Civil Veterinary Department. Madras. Admin. report 1926-33 - 1926-1933
Year: 1926
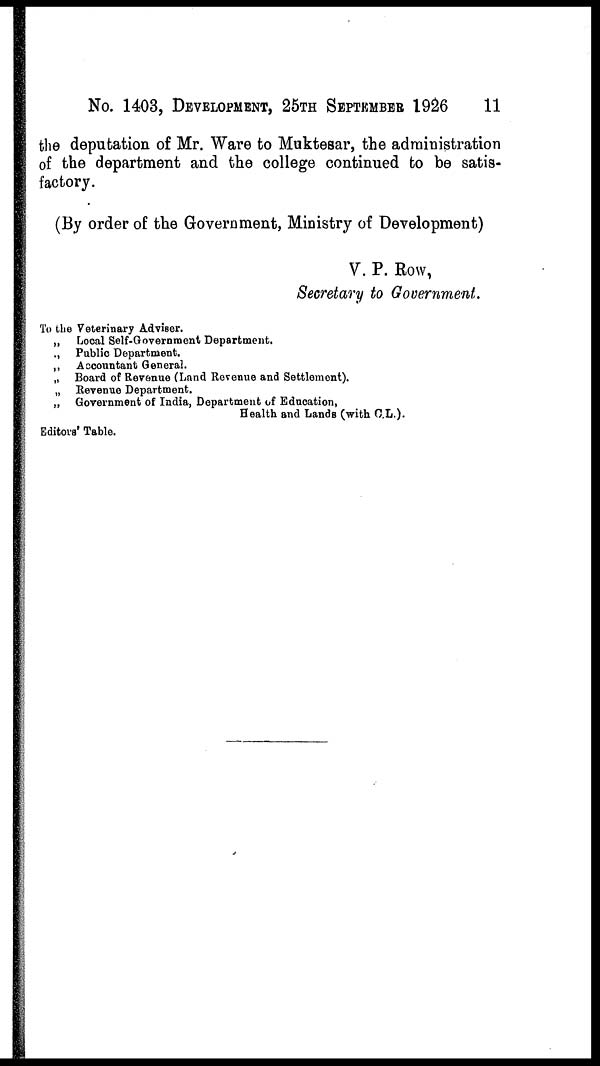
No. 1403, DEVELOPMENT, 25TH SEPTEMBER 1926
11
the deputation of Mr. Ware to Muktesar, the administration
of the department and the college continued to be satis-
factory.
(By order of the Government, Ministry of Development)
V. P. Row,
Secretary to Government.
To the Veterinary Adviser.
„ Local Self-Government Department.
„ Public Department.
„ Accountant General.
„ Board of Revenue (Land Revenue and Settlement).
„ Revenue Department.
„ Government of India, Department of Education,
Health and Lands (with C.L.).
Editors' Table.